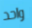
واحد